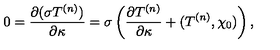
0 = { \frac { \partial ( \sigma T ^ { ( n ) } ) } { \partial \kappa } } = \sigma \left( { \frac { \partial T ^ { ( n ) } } { \partial \kappa } } + ( T ^ { ( n ) } , \chi _ { 0 } ) \right) ,